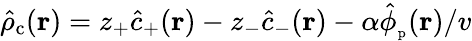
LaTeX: \hat{\rho}_{\mathrm{c}}(\mathbf{r})=z_{+}\hat{c}_{+}(\mathbf{r})-z_{-}\hat{c}_{-}(\mathbf{r})-\alpha\hat{\phi}_{\mathrm{_p}}(\mathbf{r})/v